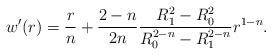
LaTeX: \begin{align*}w'(r)=\frac{r}{n}+\frac{2-n}{2n}\frac{R_1^2-R_0^2}{R_0^{2-n}-R_1^{2-n}}r^{1-n}. \end{align*}